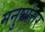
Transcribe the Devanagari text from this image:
मनुष्येत्तर